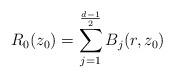
LaTeX: \begin{align*} R_0(z_0) = \sum_{j=1}^{\frac{d-1}{2}} B_j(r, z_0) \end{align*}